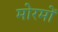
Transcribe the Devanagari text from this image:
मोरमों